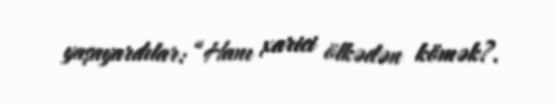
yaşayardılar: “Hanı xarici ölkədən kömək?.